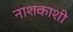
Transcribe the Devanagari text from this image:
नाशकाशी